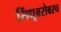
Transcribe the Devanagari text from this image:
सिंधूबरोबरच